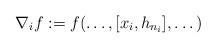
LaTeX: \begin{align*} \nabla_i f := f(\dots, [x_i, h_{n_i}], \dots)\end{align*}